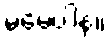
မမေ့ပါနဲ့။